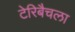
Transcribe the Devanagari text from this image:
टेरिबैचला